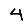
Digit: 4